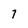
Character: 7